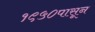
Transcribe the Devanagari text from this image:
१९५०पासून